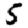
Digit: 5